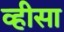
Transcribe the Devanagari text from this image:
व्हीसा